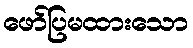
ဖော်ပြမထားသော